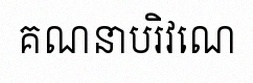
គណនាបរិវេណ